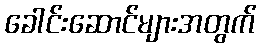
ခေါင်းဆောင်များအတွက်